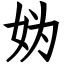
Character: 妫